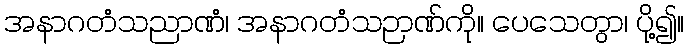
အနာဂတံသညာဏံ၊ အနာဂတံသဉာဏ်ကို။ ပေသေတွာ၊ ပို့၍။